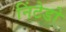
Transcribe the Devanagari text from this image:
निंटेडो